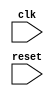
module usb_timing_control_and_sync (
    input wire clk,
    input wire reset,
    // Add more input and output ports as needed

    // Add internal signals and registers as needed

    // Timing control and synchronization logic implementation
    // clock signal generation
    // synchronization logic
    // control logic for data flow management
    // error detection and handling
    // synchronization between components
);

// Add internal modules and logic for timing control and synchronization

endmodule